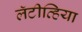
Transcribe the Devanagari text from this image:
लॅटीव्हिया